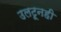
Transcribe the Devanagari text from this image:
उलटूनही